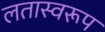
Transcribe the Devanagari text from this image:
लतास्वरूप